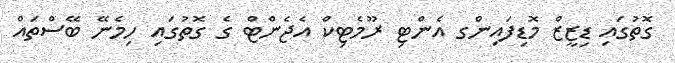
ގޮތުގައި ޑިޒީޒް މޮޑިފައިންގ އެންޓި ރޫމެޓިކް އެޖެންޓް ގެ ގޮތުގައި ހިމެނޭ ބޭސްތައް